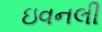
ઇવનલી